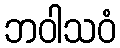
ဘဝါသဝံ